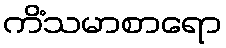
ကိံသမာစာရော